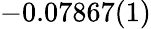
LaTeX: -0.07867(1)